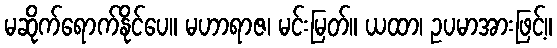
မဆိုက်ရောက်နိုင်ပေ။ မဟာရာဇ၊ မင်းမြတ်။ ယထာ၊ ဥပမာအားဖြင့်။